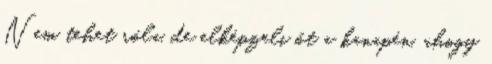
Nem tehet róla, de elképzeli őt a kanapén, ahogy